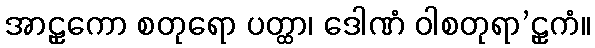
အာဠှကော စတုရော ပတ္ထာ၊ ဒေါဏံ ဝါစတုရာ’ဠှကံ။